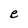
Character: e